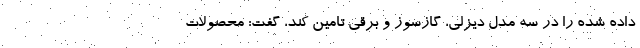
داده شده را در سه مدل دیزلی، گازسوز و برقی تامین کند، گفت: محصولات